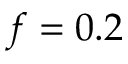
f = 0 . 2